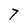
Character: 7